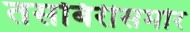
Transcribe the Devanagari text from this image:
तसबिरीसमोर